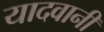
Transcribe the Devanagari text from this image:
यादवानी